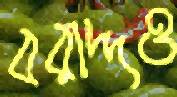
বরাদ্দও